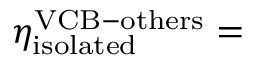
\eta _ { \mathrm { i s o l a t e d } } ^ { \mathrm { V C B - o t h e r s } } =